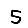
Digit: 5